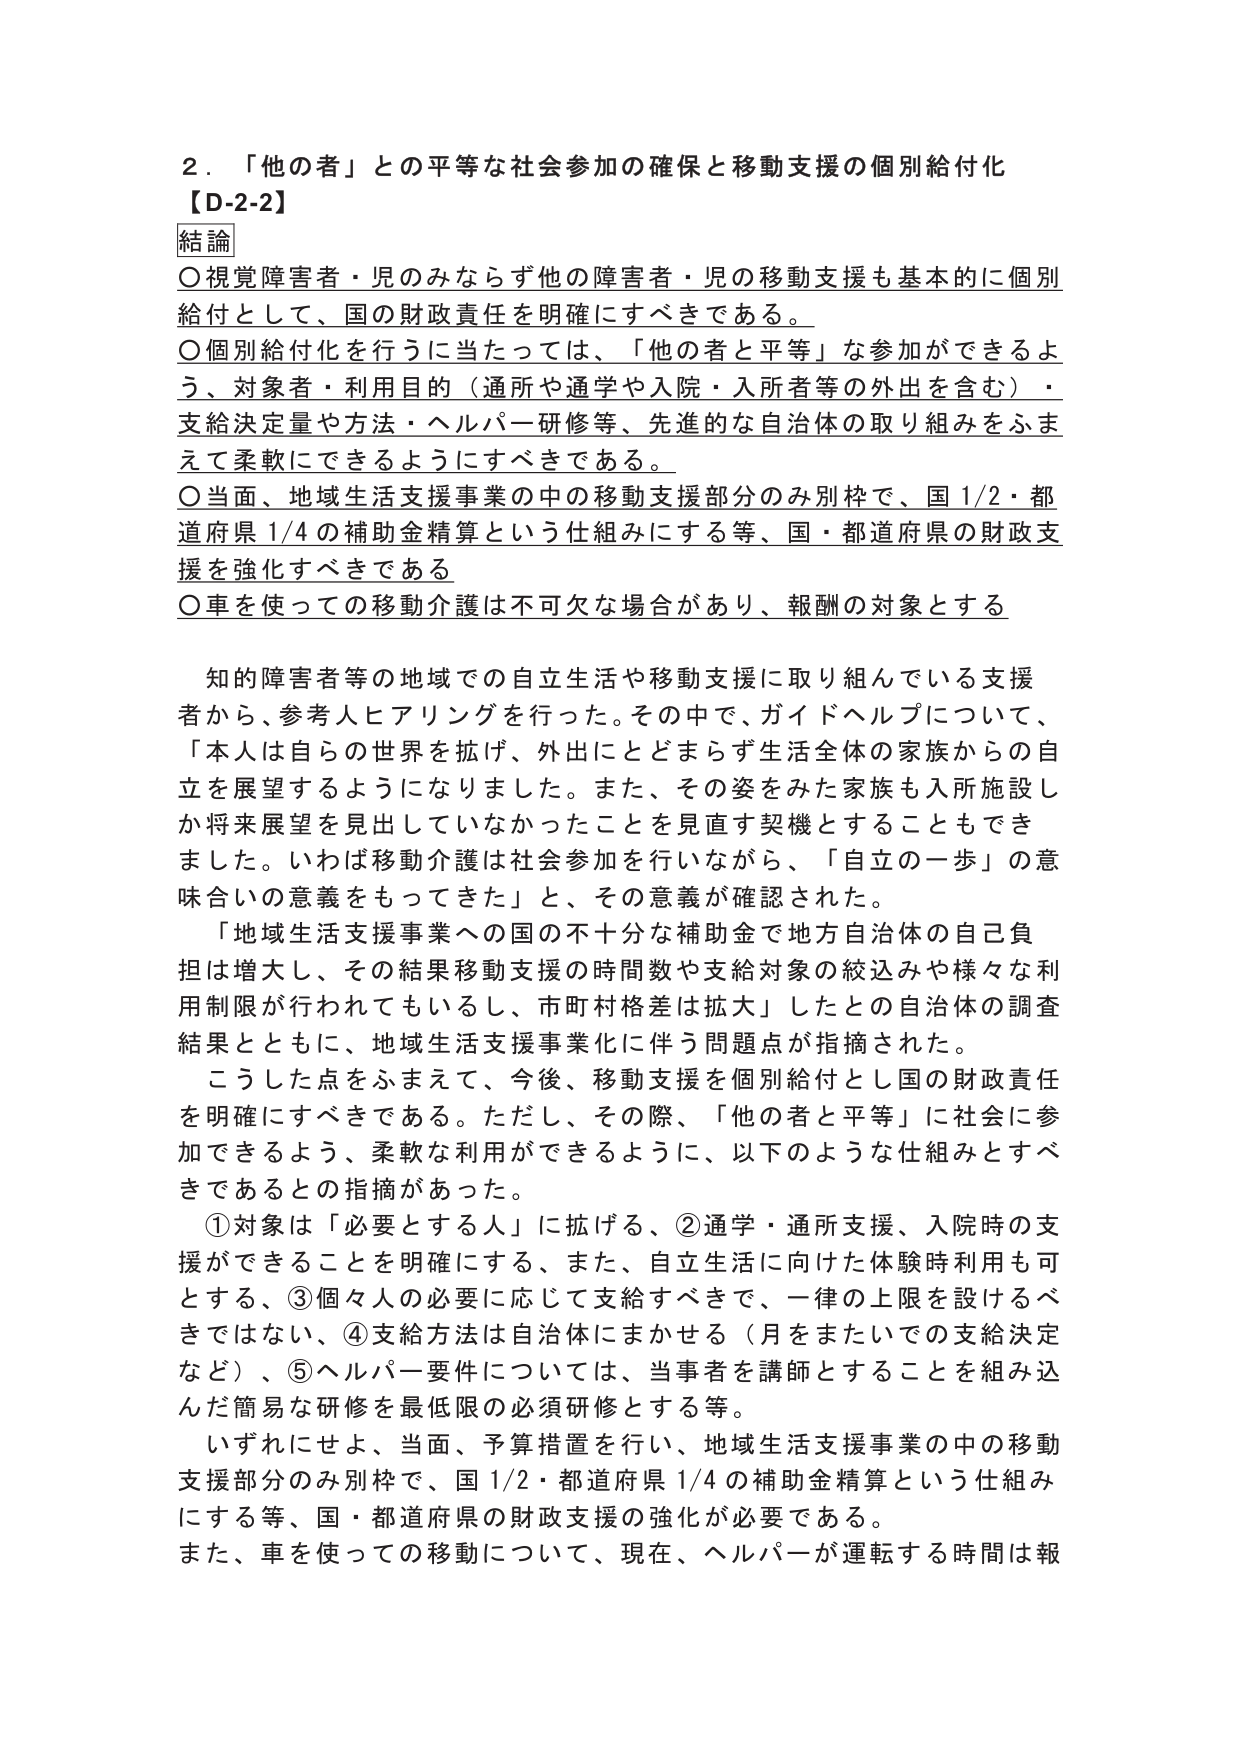
２．「他の者」との平等な社会参加の確保と移動支援の個別給付化
【D-2-2】
結論
〇視覚障害者・児のみならず他の障害者・児の移動支援も基本的に個別給付として、国の財政責任を明確にすべきである。
〇個別給付化を行うに当たっては、「他の者と平等」な参加ができるよう、対象者・利用目的（通所や通学や入院・入所者等の外出を含む）・支給決定量や方法・ヘルパー研修等、先進的な自治体の取り組みをふまえて柔軟にできるようにすべきである。
〇当面、地域生活支援事業の中の移動支援部分のみ別枠で、国1/2・都道府県1/4の補助金精算という仕組みにする等、国・都道府県の財政支援を強化すべきである
〇車を使っての移動介護は不可欠な場合があり、報酬の対象とする

知的障害者等の地域での自立生活や移動支援に取り組んでいる支援者から、参考人ヒアリングを行った。その中で、ガイドヘルプについて、「本人は自らの世界を拡げ、外出にとどまらず生活全体の家族からの自立を展望するようになりました。また、その姿をみた家族も入所施設しか将来展望を見出していなかったことを見直す契機とすることもできました。いわば移動介護は社会参加を行いながら、「自立の一歩」の意味合いの意義をもってきた」と、その意義が確認された。
「地域生活支援事業への国の不十分な補助金で地方自治体の自己負担は増大し、その結果移動支援の時間数や支給対象の絞込みや様々な利用制限が行われてもいるし、市町村格差は拡大」したとの自治体の調査結果とともに、地域生活支援事業化に伴う問題点が指摘された。
こうした点をふまえて、今後、移動支援を個別給付とし国の財政責任を明確にすべきである。ただし、その際、「他の者と平等」に社会に参加できるよう、柔軟な利用ができるように、以下のような仕組みとすべきであるとの指摘があった。
①対象は「必要とする人」に拡げる、②通学・通所支援、入院時の支援ができることを明確にする、また、自立生活に向けた体験時利用も可とする、③個々人の必要に応じて支給すべきで、一律の上限を設けるべきではない、④支給方法は自治体にまかせる（月をまたいでの支給決定など）、⑤ヘルパー要件については、当事者を講師とすることを組み込んだ簡易な研修を最低限の必須研修とする等。
いずれにせよ、当面、予算措置を行い、地域生活支援事業の中の移動支援部分のみ別枠で、国1/2・都道府県1/4の補助金精算という仕組みにする等、国・都道府県の財政支援の強化が必要である。
また、車を使っての移動について、現在、ヘルパーが運転する時間は報